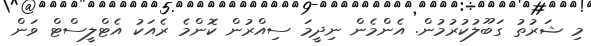
މި ޝަރުތު ގަބޫލުކުރުމުން. އެންމެން ނިދީމަ ސިއްރުން ކޮންމެ ރެއަކު އެޓްލީސްޓް ވަން